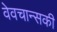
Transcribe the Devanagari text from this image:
वेवचान्सकी